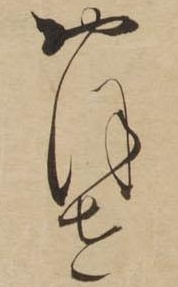
おほせ